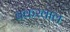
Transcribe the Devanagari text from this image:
बकरवाल